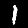
Label: 1